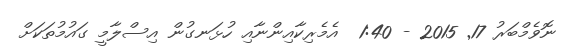
ނޮވެމްބަރު 17